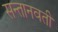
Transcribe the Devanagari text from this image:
सन्तानवती